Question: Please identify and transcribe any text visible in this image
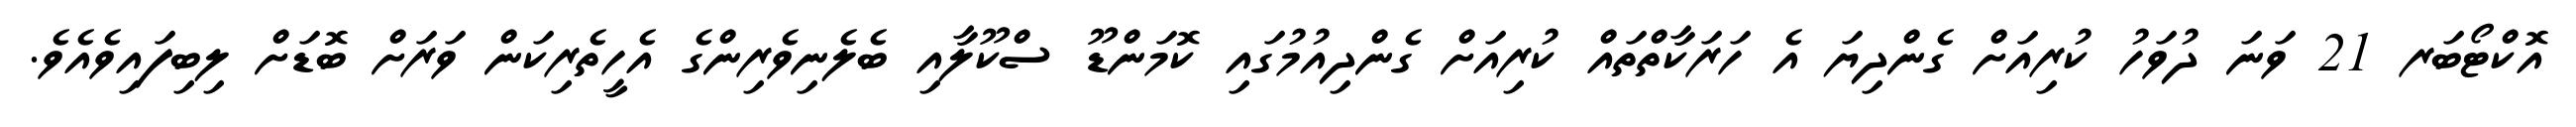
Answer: އޮކްޓޯބަރ 21 ވަނަ ދުވަހު ކުރިއަށް ގެންދިޔަ އެ ހަރަކާތްތައް ކުރިއަށް ގެންދިއުމުގައި ކޮމަންޑޫ ސްކޫލާއި ބެލެނިވެރިންގެ އެހީތެރިކަން ވަރަށް ބޮޑަށް ލިބިފައިވެއެވެ.